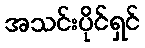
အသင်းပိုင်ရှင်